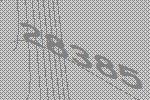
28385